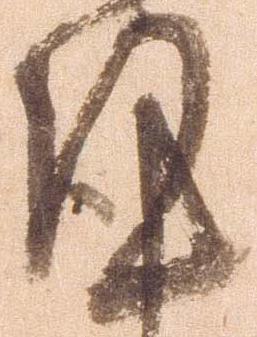
謹